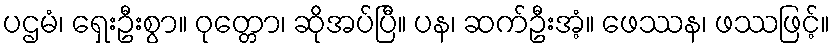
ပဌမံ၊ ရှေးဦးစွာ။ ဝုတ္တော၊ ဆိုအပ်ပြီ။ ပန၊ ဆက်ဦးအံ့။ ဖေဿန၊ ဖဿဖြင့်။